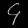
Digit: ၄